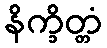
နိက္ခိတ္တံ